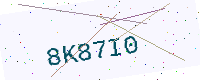
Text: 8K87I0